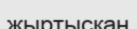
жыртысқан